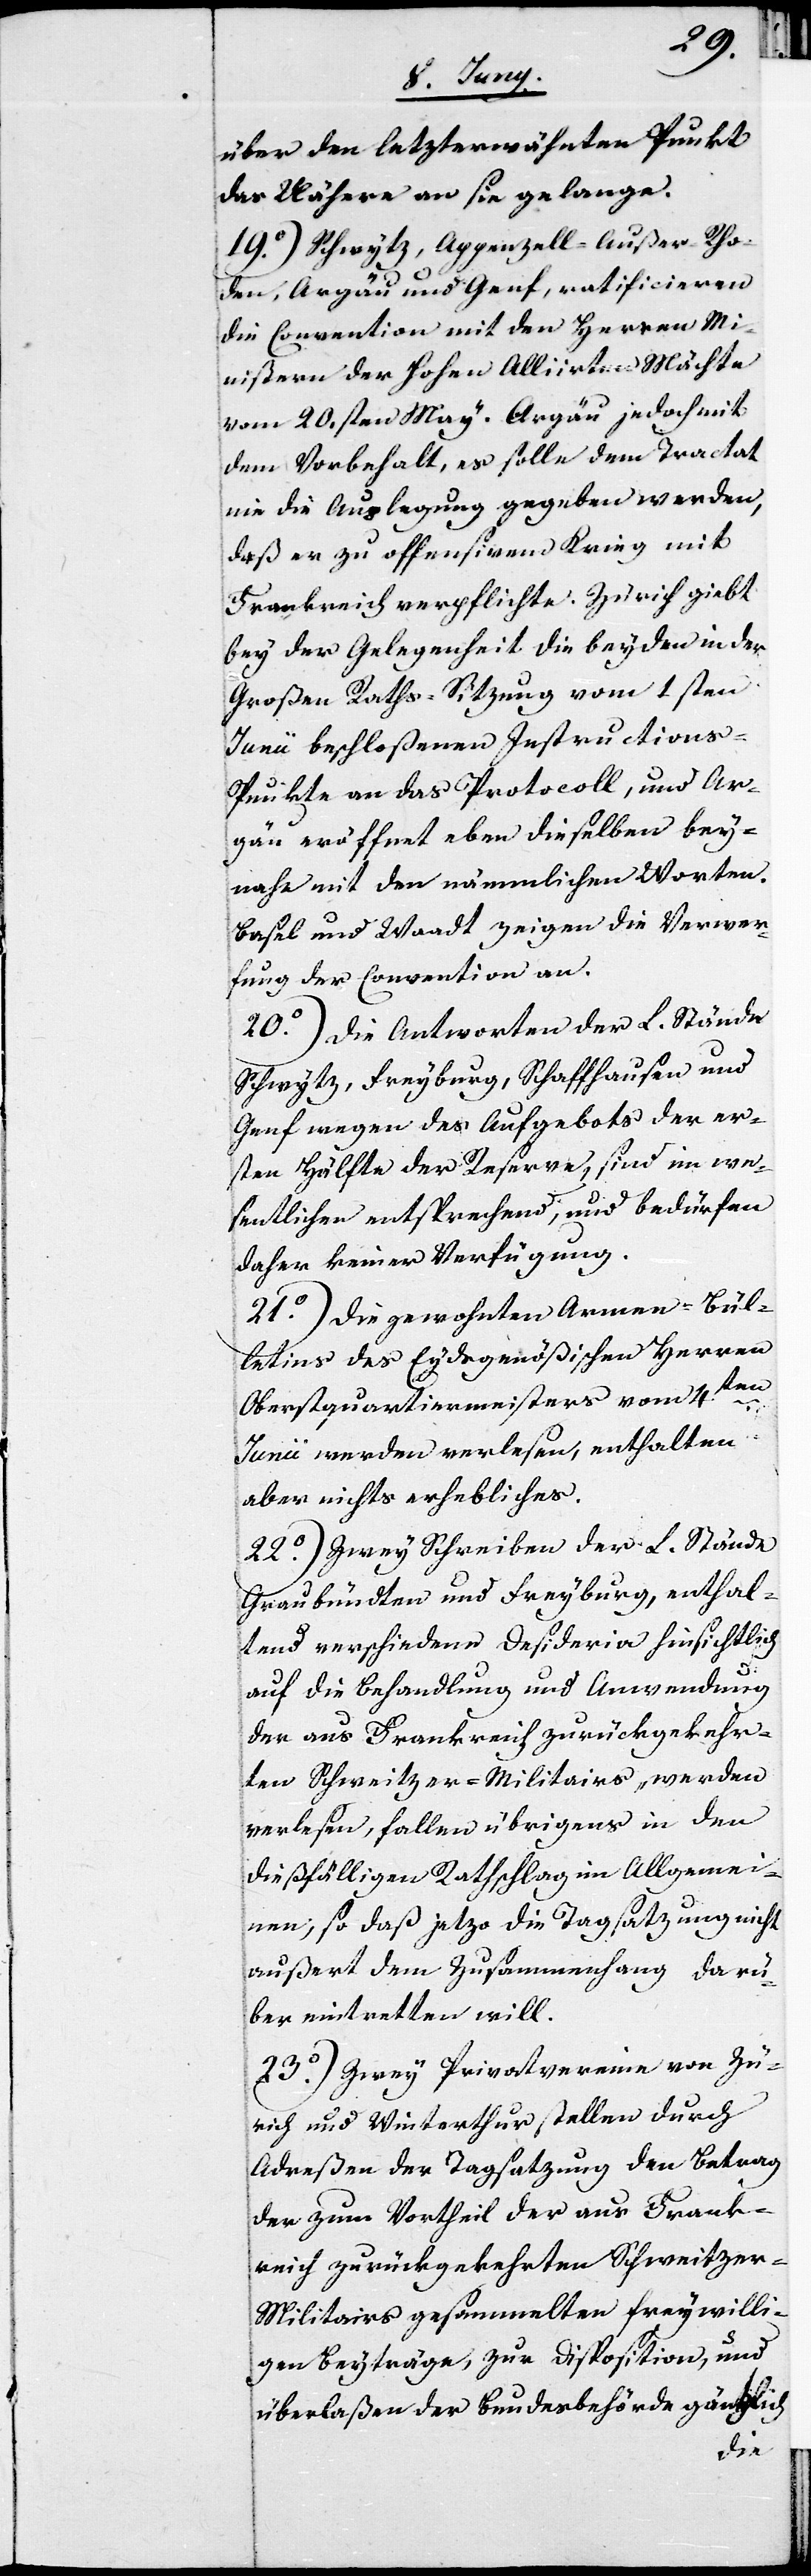
über den letzterwähnten Punkt
das Nähere an sie gelange.
19o) Schwytz, Appenzell Außer-Rho¬
den, Argäu und Genf, ratificieren
die Convention mit den Herren Mi¬
nistern der Hohen Alliirten Mächte
vom 20.sten May. Argäu jedoch mit
dem Vorbehalt, es solle dem Tractat
nie die Auslegung gegeben werden,
daß er zu offensivem Krieg mit
Frankreich verpflichte. Zürich giebt
bey der Gelegenheit die beyden in der
Großen Raths-Sitzung vom 1sten
Junii beschloßenen Instruction¬
s-Punkte an das Protocoll, und Ar¬
gäu eröffnet eben dieselben bey¬
nahe mit den nämmlichen Worten.
Basel und Waadt zeigen die Verwer¬
fung der Convention an.
20o) Die Antworten der L. Stände
Schwytz, Freyburg, Schaffhausen und
Genf wegen des Aufgebots der er¬
sten Hälfte der Reserve, sind im we¬
sentlichen entsprechend, und bedürfen
daher keiner Verfügung.
21o) Die gewohnten Armee-Bul¬
letins des Eydsgenößischen Herren
Oberstquartiermeisters vom 4.ten
Junii werden verlesen, enthalten
aber nichts erhebliches.
22o) Zwey Schreiben der L. Stände
Graubündten und Freyburg, enthal¬
tend verschiedene Desideria hinsichtlich
auf die Behandlung und Anwendung
der aus Frankreich zurückgekehr¬
ten Schweitzer-Militairs, werden
verlesen, fallen übrigens in den
diesfälligen Rathschlag im Allgemei¬
nen, so daß jetzo die Tagsatzung nicht
außert dem Zusammenhang darü¬
ber eintretten will.
23o) Zwey Privatvereine von Zü¬
rich und Winterthur stellen durch
Adreßen der Tagsatzung den Betrag
der zum Vortheil der aus Frank¬
reich zurückgekehrten Schweitze¬
r-Militairs gesammelten freywilli¬
gen Beyträge, zur Disposition, und
überlaßen der Bundesbehörde gäntzlich